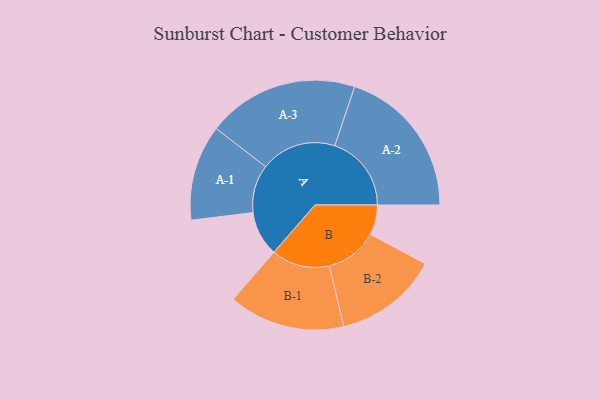
{"axis": {"x": "Segment", "y": "Value"}, "legend": ["", "A", "B"], "data": [{"x": "A", "y": 171, "type": ""}, {"x": "B", "y": 114, "type": ""}, {"x": "A-1", "y": 182, "type": "A"}, {"x": "A-2", "y": 291, "type": "A"}, {"x": "A-3", "y": 288, "type": "A"}, {"x": "B-1", "y": 221, "type": "B"}, {"x": "B-2", "y": 198, "type": "B"}]}